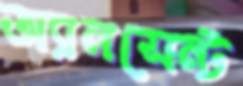
অ্যানসেন্ট